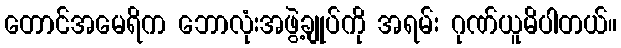
တောင်အမေရိက ဘောလုံးအဖွဲ့ချုပ်ကို အရမ်း ဂုဏ်ယူမိပါတယ်။